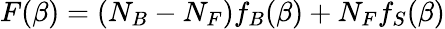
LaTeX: F(\beta)=(N_{B}-N_{F})f_{B}(\beta)+N_{F}f_{S}(\beta)